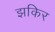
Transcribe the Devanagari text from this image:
झकिर